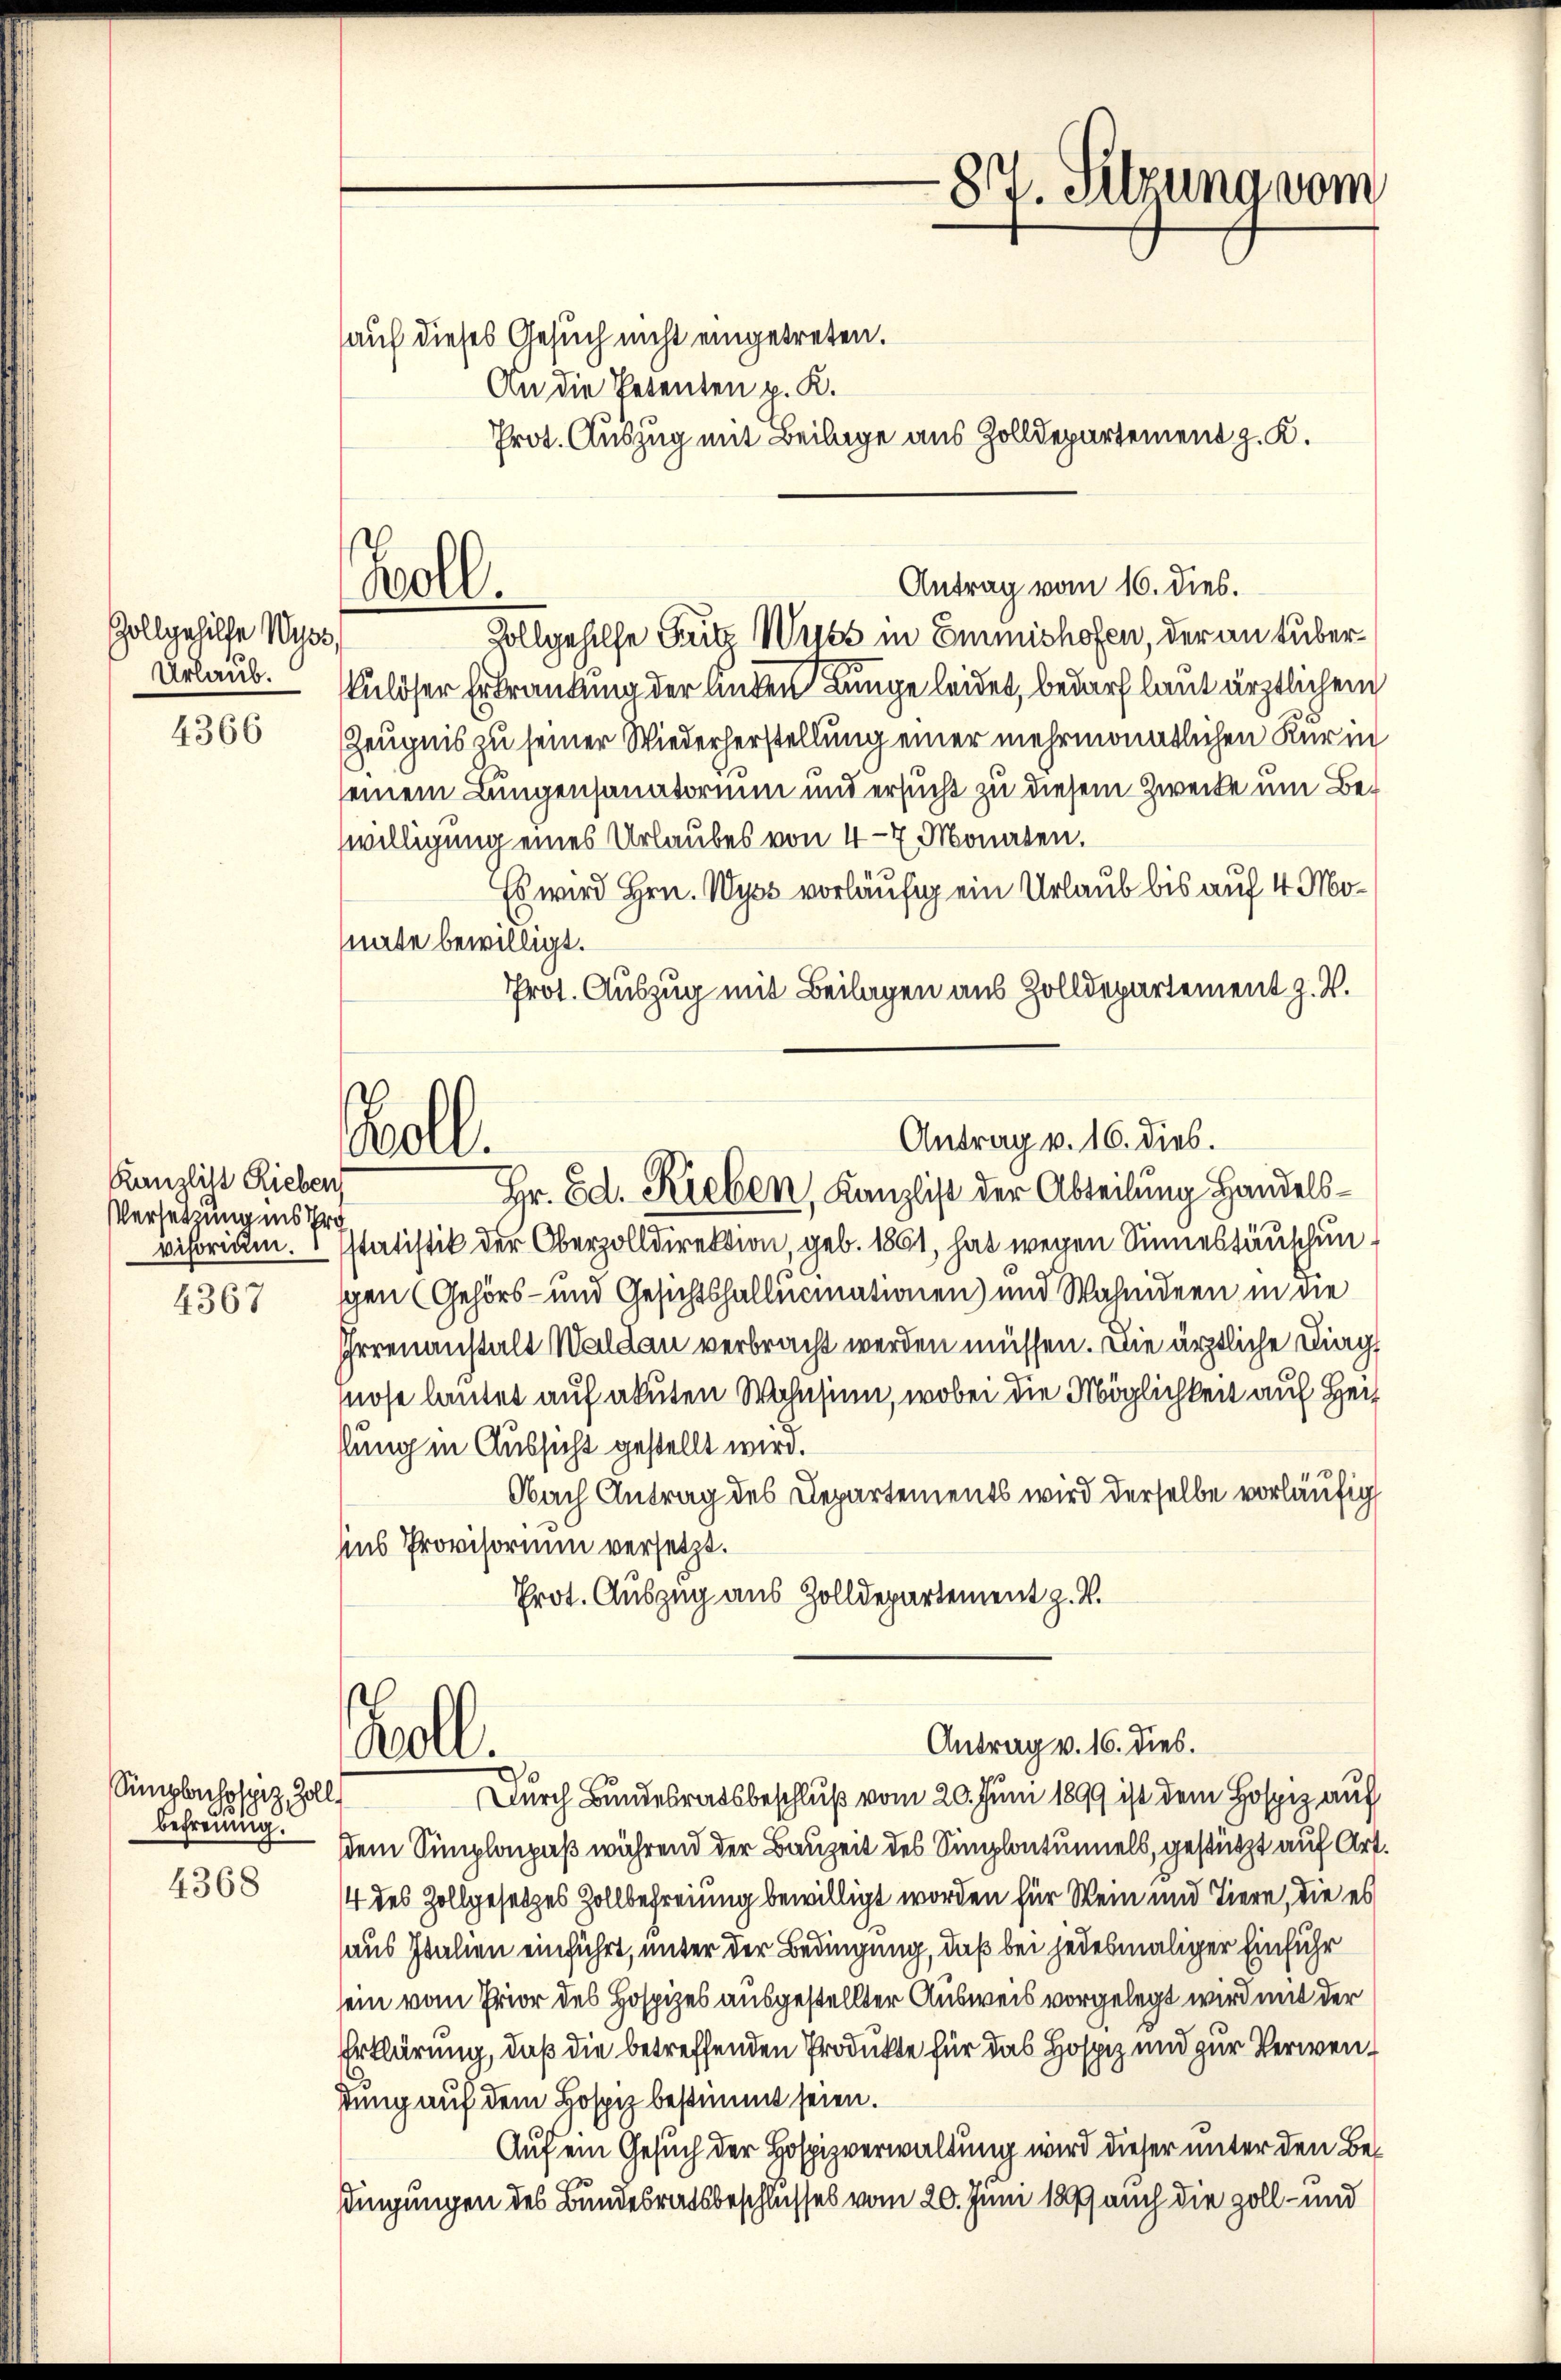
Goll gehilfe Wyss,

4366

Kanzlist Rieben
Versetzung ins Pro
visorium.

4367

Singlichspiz Zoll
befreinig.
4368

Woll.

Boll.

87. Sitzung vom

auf dieses Gesuch nicht eingetreten.
An die Petenten p. K.
Prot. Auszug mit Beilage aus Zolldepartement z. K.
Antrag vom 16. dies.
Zollgehilfe Grit Wyss in Emmishofen, der an über
Urlaub. Nuloser Erkrankung der Anden Lunge leidet, bedarf laut ärztlichem
Zeugnis zu seiner Wiederherstellung einer mehrmonatlichen Kur in
seinem Lungensanatorium und ersucht zu diesem Zwecke um Bewilligung eines Urlaubes von 4-7 Monaten.
Es wird Hrn. Wyss vorläufig ein Urlaub bis auf 4 Monate bewilligt.
Prot. Auszug mit Beilagen aus Zolldepartement z. V.
statistik der Oberzolldirektion, geb. 1861, hat wegen Sinnestäuschungen (Gehörs- und Gesichtshallucinationen) und Wahnideen in die
Irrenanstalt Waldau verbracht werden müssen. Die ärztliche Ding
nose lautet auf akuten Wohnsinn, wobei die Möglichkeit auf Herz
lung in Aussicht gestellt wird.
Nach Antrag des Departements wird derselbe vorläufig
sins Provisorium versetzt.
Prot. Auszug aus Zolldepartement z. B.
Antrag v. 16. dies.
Koll.
Durch Bundesratsbeschluß vom 20. Juni 1899 ist dem Hospiz auf
sdem Simplonpaß während der Bauzeit des Simplontunnels, gestützt auf Art.
4 des Zollgesetzes Zollbefreiung bewilligt worden für Wein und Tiere, die es
aus Italien einführt, unter der Bedingung, daß bei jedesmaliger Einführ
sein vom Prior des Hospizes ausgestellter Ausweis vorgelegt wird mit der
Erklärung, daß die betreffenden Produkte für das Hospiz und zur Verwendung auf dem Hospiz bestimmt seien.
Auf ein Gesuch der Hospizverwaltung wird dieser unter den Bedingungen des Bundesratsbeschlusses vom 20. Juni 187 auch die Zoll- und

Antrag v. 16. dies.
Hr. Ed. Rieben, Kanzlist der Abteilung Handels¬